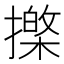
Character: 𢶱